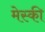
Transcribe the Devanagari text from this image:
मेस्की